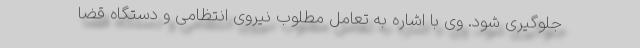
جلوگیری شود. وی با اشاره به تعامل مطلوب نیروی انتظامی و دستگاه قضا